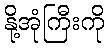
နို့အုံကြီးကို